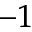
^ { - 1 }